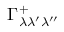
\Gamma _ { \lambda \lambda ^ { \prime } \lambda ^ { \prime \prime } } ^ { + }